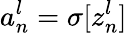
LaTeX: a_{n}^{l}=\sigma[z_{n}^{l}]